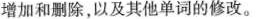
增加和删除，以及其他单词的修改.。